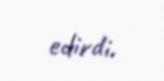
edirdi.